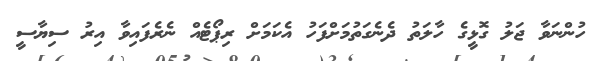
ހުންނަވާ ޖަލު ގޮޅީގެ ހާލަތު ދެނެގަތުމަށްފަހު އެކަމަށް ރިޕޯޓެއް ނެރެފައިވާ އިރު ސިޔާސީ